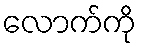
လောက်ကို